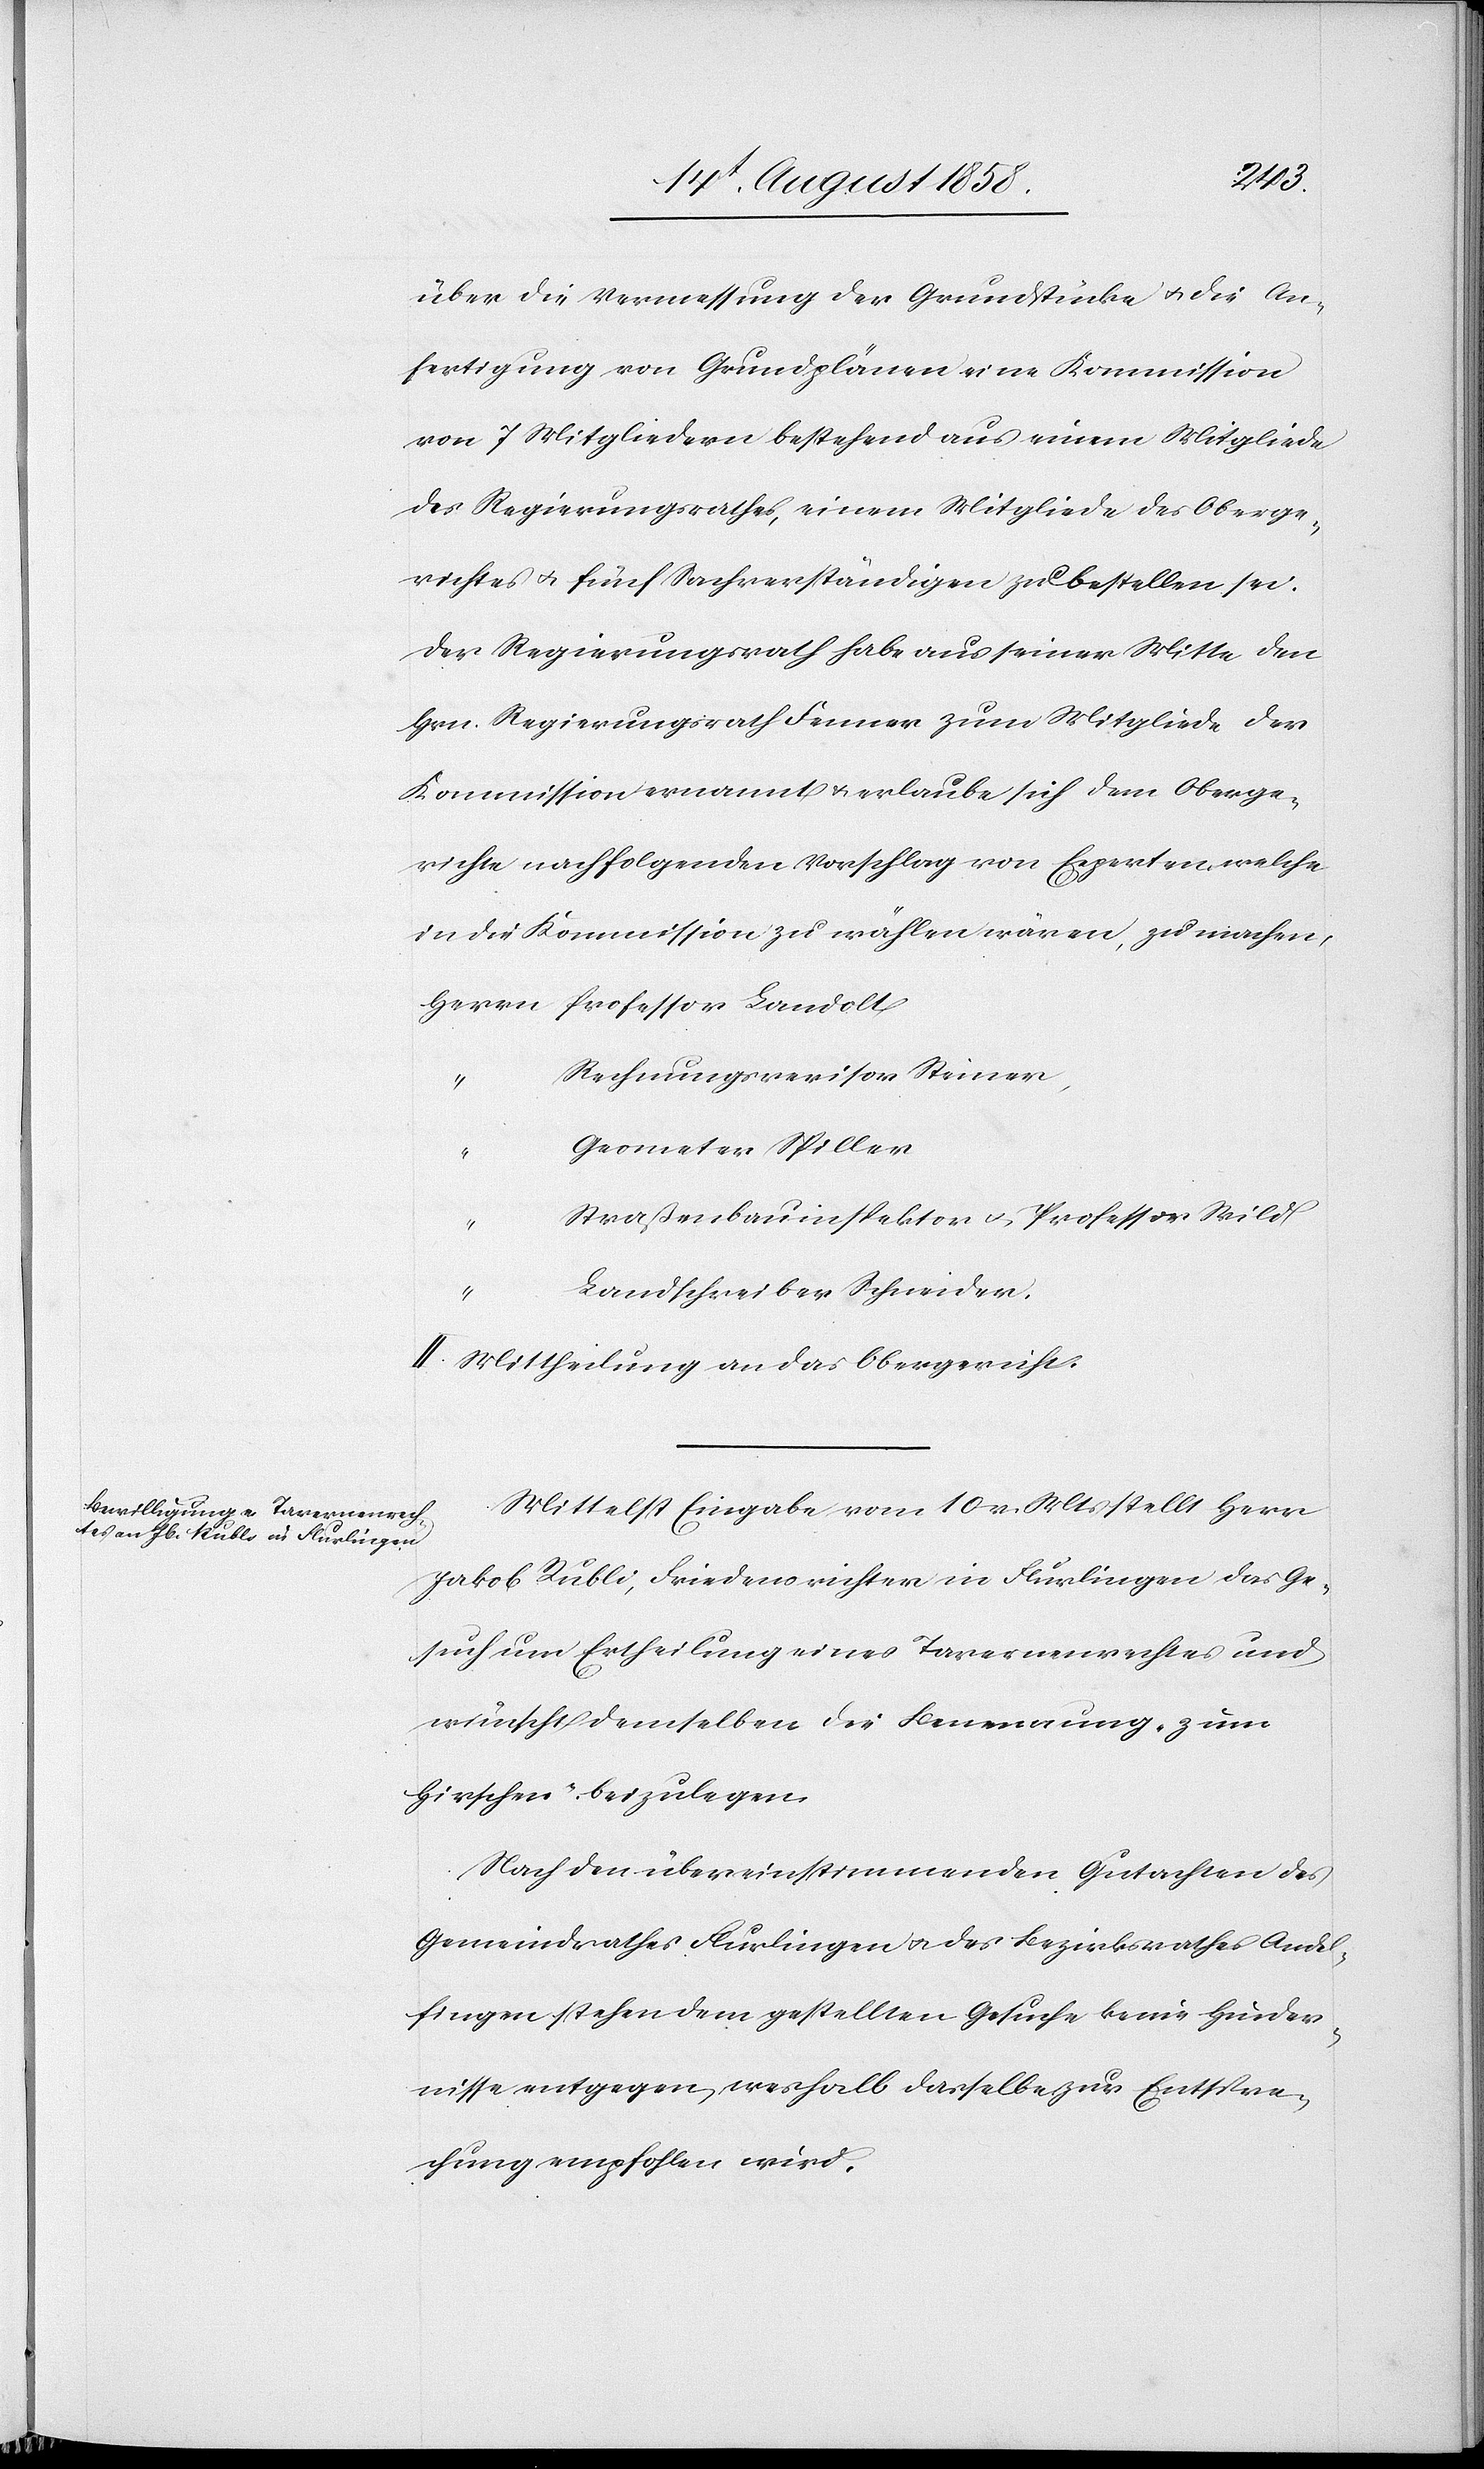
über die Vermessung der Grundstücke & die An¬
fertigung von Grundplänen eine Kommission
von 7 Mitgliedern bestehend aus einem Mitgliede
des Regierungsrathes, einem Mitgliede des Oberge¬
richtes & fünf Sachverständigen zu bestellen sei.
Der Regierungsrath habe aus seiner Mitte den
Hrn. Regierungsrath Fenner zum Mitgliede der
Kommission ernannt & erlaube sich dem Oberge¬
richte nachfolgenden Vorschlag von Experten, welche
in die Kommission zu wählen wären, zu machen,
Herrn Professor Landolt
Rechnungsrevisor Steiner,
Geometer Spiller
“
Straßenbauinspektor & Professor Wild
“
Landschreiber Schneider.
II. Mittheilung an das Obergericht.
Mittelst Eingabe vom 10 v. Mts stellt Herr
Jakob Rubli, Friedensrichter in Flurlingen das Ge¬
such um Ertheilung eines Tavernenrechtes und
wünscht demselben die Benennung „zum
Hirschen“ beizulegen.
Nach den übereinstimmenden Gutachten des
Gemeindrathes Flurlingen & des Bezirksrathes Andel¬
fingen stehen dem gestellten Gesuche keine Hinder¬
nisse entgegen, weshalb dasselbe zur Entspre¬
chung empfohlen wird.